Annual report on the working of the mental hospitals in the Madras Presidency - 1912-1932
Year: 1912
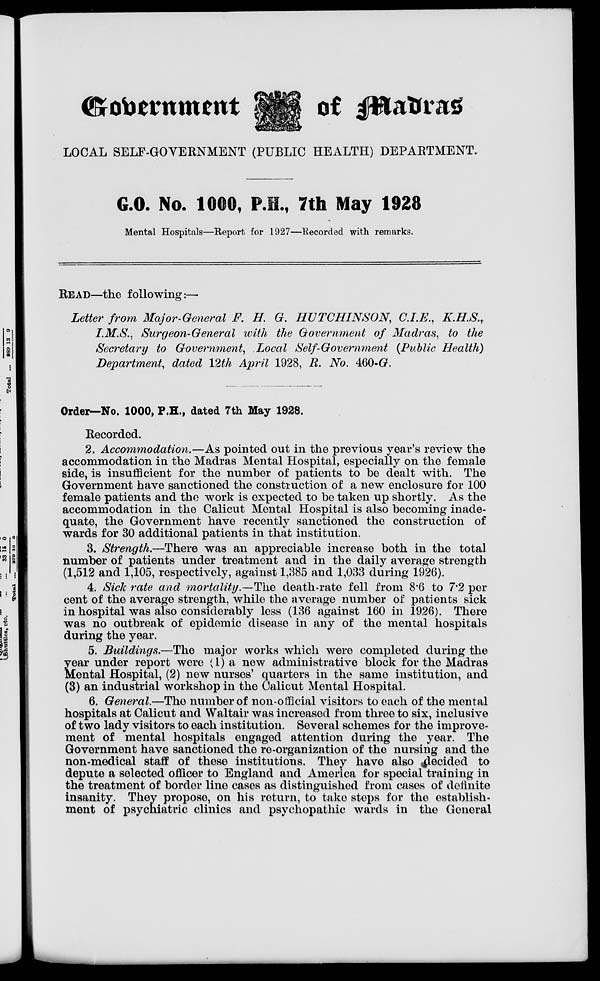
Government
of Madras
LOCAL SELF-GOVERNMENT (PUBLIC HEALTH) DEPARTMENT.
G.O. No. 1000, P.H., 7th May 1928
Mental Hospitals—Report for 1927—Recorded with remarks.
READ—the following:—
Letter from Major-General F. H. G. HUTCHINSON, C.I.E., K.H.S.,
I.M.S., Surgeon-General with the Government of Madras, to the
Secretary to Government, Local Self-Government (Public Health)
Department, dated 12th April 1928, R. No. 460-G.
Order—No. 1000, P.H., dated 7th May 1928.
Recorded.
2. Accommodation.—As pointed out in the previous year's review the
accommodation in the Madras Mental Hospital, especially on the female
side, is insufficient for the number of patients to be dealt with. The
Government have sanctioned the construction of a new enclosure for 100
female patients and the work is expected to be taken up shortly. As the
accommodation in the Calicut Mental Hospital is also becoming inade-
quate, the Government have recently sanctioned the construction of
wards for 30 additional patients in that institution.
3. Strength.—There was an appreciable increase both in the total
number of patients under treatment and in the daily average strength
(1,512 and 1,105, respectively, against 1,385 and 1,033 during 1926).
4. Sick rate and mortality.—The death-rate fell from 8.6 to 7.2 per
cent of the average strength, while the average number of patients sick
in hospital was also considerably less (136 against 160 in 1926). There
was no outbreak of epidemic disease in any of the mental hospitals
during the year.
5. Buildings.—The major works which were completed during the
year under report were (1) a new administrative block for the Madras
Mental Hospital, (2) new nurses' quarters in the same institution, and
(3) an industrial workshop in the Calicut Mental Hospital.
6. General.—The number of non-official visitors to each of the mental
hospitals at Calicut and Waltair was increased from three to six, inclusive
of two lady visitors to each institution. Several schemes for the improve-
ment of mental hospitals engaged attention during the year. The
Government have sanctioned the re-organization of the nursing and the
non-medical staff of these institutions. They have also decided to
depute a selected officer to England and America for special training in
the treatment of border line cases as distinguished from cases of definite
insanity. They propose, on his return, to take steps for the establish-
ment of psychiatric clinics and psychopathic wards in the General